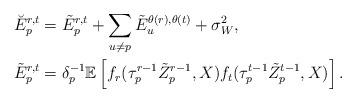
LaTeX: \begin{align*}\breve{E}_p^{r,t}&= \tilde{E}_p^{r,t} + \sum_{u\neq p} \tilde{E}_u^{\theta(r),\theta(t)} + \sigma_W^2,\\\tilde{E}_p^{r,t}&=\delta_p^{-1}\mathbb{E}\left[f_r(\tau_p^{r-1}\tilde{Z}_p^{r-1},X)f_t(\tau_p^{t-1}\tilde{Z}_p^{t-1},X)\right].\end{align*}